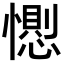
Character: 𢢥